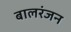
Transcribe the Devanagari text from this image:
बालरंजन